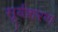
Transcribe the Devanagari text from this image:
सूर्यशरण